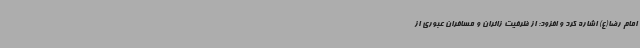
امام رضا(ع) اشاره کرد و افزود: از ظرفیت زائران و مسافران عبوری از